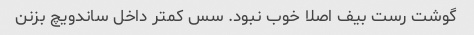
گوشت رست بیف اصلا خوب نبود. سس کمتر داخل ساندویچ بزنن